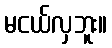
မငယ်လှဘူး။